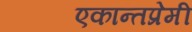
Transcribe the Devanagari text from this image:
एकान्तप्रेमी